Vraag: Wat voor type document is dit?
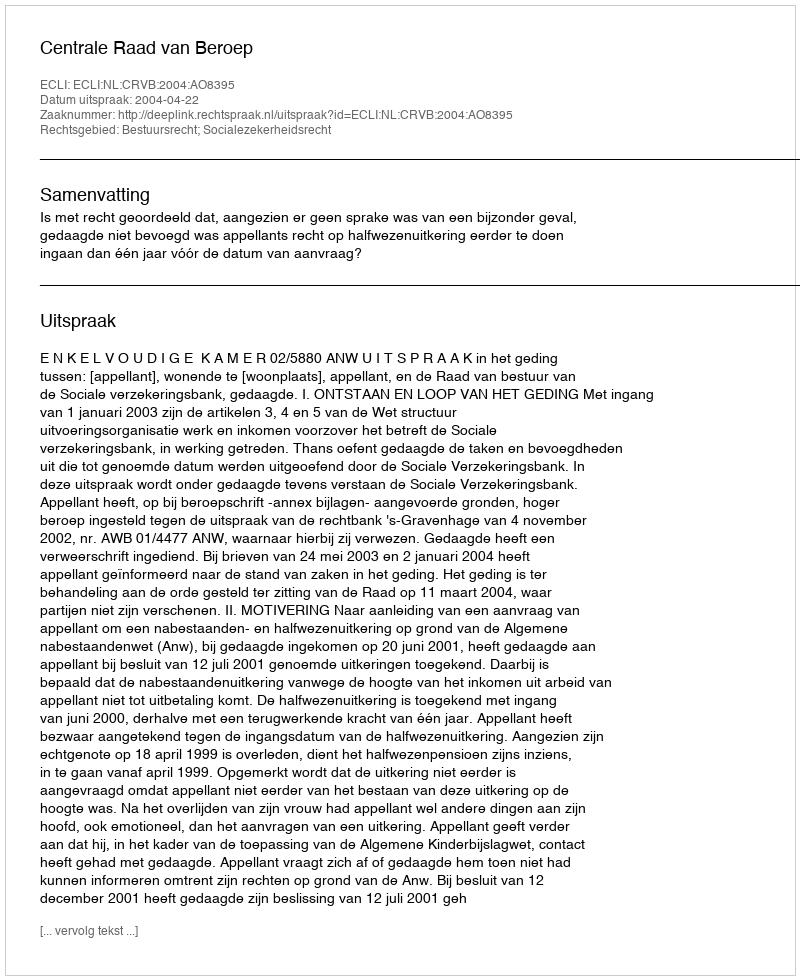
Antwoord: Uitspraak